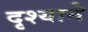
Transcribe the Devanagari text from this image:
दृश्याने